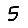
Digit: 5